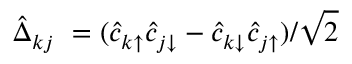
\hat { \Delta } _ { k j } \ = ( \hat { c } _ { k \uparrow } \hat { c } _ { j \downarrow } - \hat { c } _ { k \downarrow } \hat { c } _ { j \uparrow } ) / \sqrt { 2 }